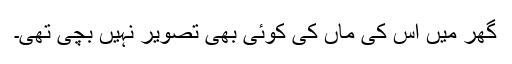
گھر میں اس کی ماں کی کوئی بھی تصویر نہیں بچی تھی۔